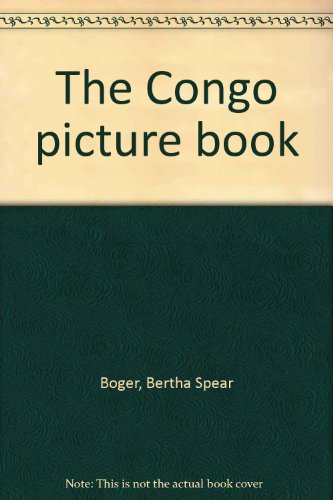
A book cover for The Congo picture book; Bertha Spear Boger; Travel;